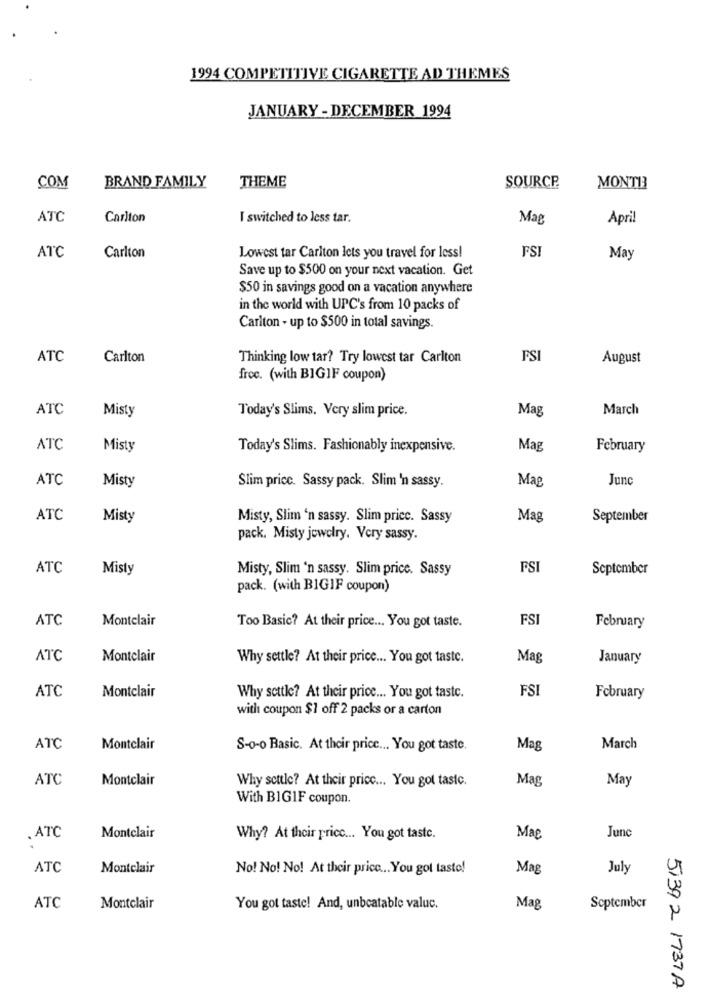
1994 COMPETITIVE CIGARETTE AD THEMES
JANUARY - DECEMBER 1994
THEME
COM
BRAND FAMILY
SOURCP
MONTI3
ATC
Carlton
I switched to less tar.
Mag
April
FSI
ATC
Carlton
Lowest tar Carlton lets you travel for less!
May
Save up to $500 on your next vacation. Get
$50 in savings good on a vacation anywhere
in the world with UPC's from 10 packs of
Carlton - up to $500 in total savings.
ATC
Carlton
Thinking low tar? Try lowest tar Carlton
FSI
August
frec. (with BIGIF coupon)
ATC
Misty
Today's Slims. Very slim price.
Mag
March
ATC
Misty
Today's Slims. Fashionably inexpensive.
Mag
February
ATC
Misty
Slim price. Sassy pack. Slim 'n sassy.
Mag
Junc
ATC
Misty
Misty, Slim 'n sassy. Slim pricc. Sassy
Mag
September
pack. Misty jewelry. Very sassy.
ATC
Misty
Misty, Slim 'n sassy. Slim price. Sassy
FSI
September
pack. (with BIGIF coupon)
ATC
Montelair
FSI
Too Basic? At their price ... You got taste.
February
ATC
Montclair
Why settle? At their price ... You got taste.
Mag
January
ATC
FS
Montclair
Why settle? At their price ... You got taste.
February
with coupon $1 off 2 packs or a carton
ATC
Montclair
S-o-o Basic. At their price ... You got taste.
Mag
March
ATC
Montclair
Why scttle? At their price ... You got tastc.
Mag
May
With BIGIF coupon.
.ATC
Montclair
Why? At their pricc ... You got taste.
Mac
Junc
ATC
Montclair
No! No! No! At their price ... You got taste!
Mag
July
ATC
Montclair
You got taste! And, unbeatable valuc.
Mag
September
51392 1737A